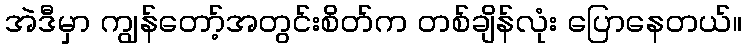
အဲဒီမှာ ကျွန်တော့်အတွင်းစိတ်က တစ်ချိန်လုံး ပြောနေတယ်။